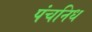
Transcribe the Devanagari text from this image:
पंचनिध